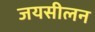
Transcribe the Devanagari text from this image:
जयसीलन